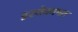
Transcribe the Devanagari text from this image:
इस्तेक़ामत